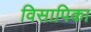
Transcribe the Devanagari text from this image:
विसापिका